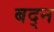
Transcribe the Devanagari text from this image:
बद्न